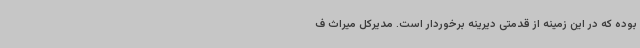
بوده که در این زمینه از قدمتی دیرینه برخوردار است. مدیرکل میراث ف